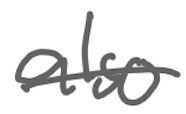
Text: also
Cross-out: single-line
Writing tool: digital_gray